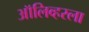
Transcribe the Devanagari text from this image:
ऑलिव्हरला